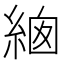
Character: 𦀙